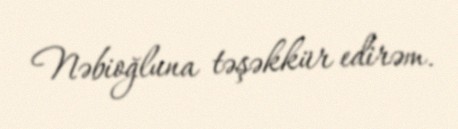
Nəbioğluna təşəkkür edirəm.